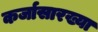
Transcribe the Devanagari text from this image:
कर्जासारख्या